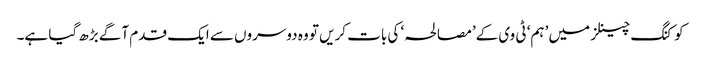
کوکنگ چینلز میں ’ہم‘ ٹی وی کے’مصالحہ‘ کی بات کریں تو وہ دوسروں سے ایک قدم آگے بڑھ گیا ہے۔